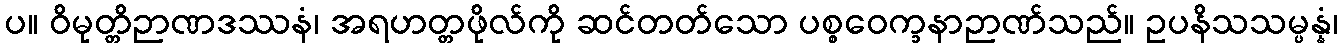
ပ။ ဝိမုတ္တိဉာဏဒဿနံ၊ အရဟတ္တဖိုလ်ကို ဆင်တတ်သော ပစ္စဝေက္ခနာဉာဏ်သည်။ ဥပနိသသမ္ပန္နံ၊